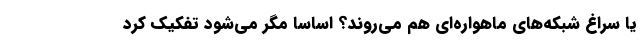
یا سراغ شبکه‌های ماهواره‌ای هم می‌روند؟ اساسا مگر می‌شود تفکیک کرد